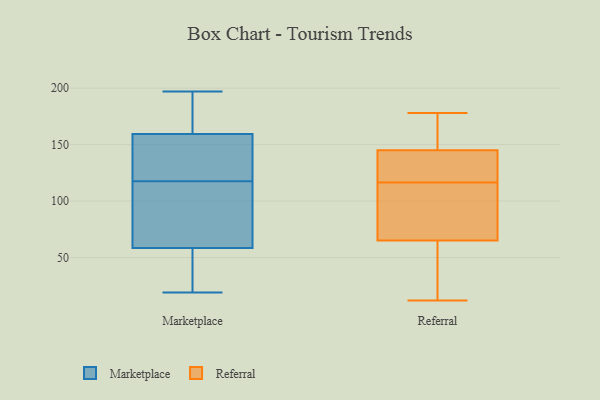
{"axis": {"x": "Inventory Turnover", "y": "Value"}, "legend": ["Marketplace", "Referral"], "data": [{"x": "", "y": 60, "type": "Marketplace"}, {"x": "", "y": 143, "type": "Marketplace"}, {"x": "", "y": 117, "type": "Marketplace"}, {"x": "", "y": 177, "type": "Marketplace"}, {"x": "", "y": 57, "type": "Marketplace"}, {"x": "", "y": 166, "type": "Marketplace"}, {"x": "", "y": 148, "type": "Marketplace"}, {"x": "", "y": 161, "type": "Marketplace"}, {"x": "", "y": 102, "type": "Marketplace"}, {"x": "", "y": 56, "type": "Marketplace"}, {"x": "", "y": 197, "type": "Marketplace"}, {"x": "", "y": 19, "type": "Marketplace"}, {"x": "", "y": 53, "type": "Marketplace"}, {"x": "", "y": 158, "type": "Marketplace"}, {"x": "", "y": 118, "type": "Marketplace"}, {"x": "", "y": 102, "type": "Marketplace"}, {"x": "", "y": 12, "type": "Referral"}, {"x": "", "y": 145, "type": "Referral"}, {"x": "", "y": 130, "type": "Referral"}, {"x": "", "y": 64, "type": "Referral"}, {"x": "", "y": 55, "type": "Referral"}, {"x": "", "y": 117, "type": "Referral"}, {"x": "", "y": 116, "type": "Referral"}, {"x": "", "y": 70, "type": "Referral"}, {"x": "", "y": 161, "type": "Referral"}, {"x": "", "y": 130, "type": "Referral"}, {"x": "", "y": 107, "type": "Referral"}, {"x": "", "y": 178, "type": "Referral"}, {"x": "", "y": 166, "type": "Referral"}, {"x": "", "y": 174, "type": "Referral"}, {"x": "", "y": 125, "type": "Referral"}, {"x": "", "y": 92, "type": "Referral"}, {"x": "", "y": 65, "type": "Referral"}, {"x": "", "y": 47, "type": "Referral"}]}